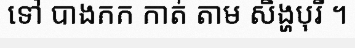
ទៅ បាងកក កាត់ តាម សិង្ហបុរី ។